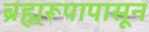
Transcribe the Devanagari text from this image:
ब्रह्मरूपापासून